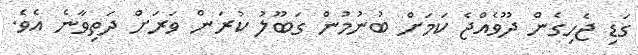
ގަޑި ޖެހިގެން ދޫވެއްޖެ ކަމަށް ބުނުމުން ގަބޫލު ކުރަން ވަރަށް ދަތިވާނެ އެވެ.